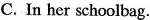
C.In her schoolbag.